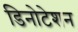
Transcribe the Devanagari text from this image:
डिनोटेशन